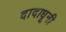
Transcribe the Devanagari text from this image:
दादाधूनी